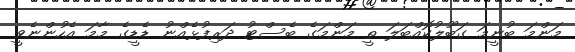
މަންމަ ބުނީމަ ގަބޫލުކޮއްބަލަ ތީ މަންމަގެ ބެސްޓު ދަރިފުޅެއްނު ޑެޑީގެ މާމަ އެހުންނެވީ